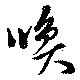
喚